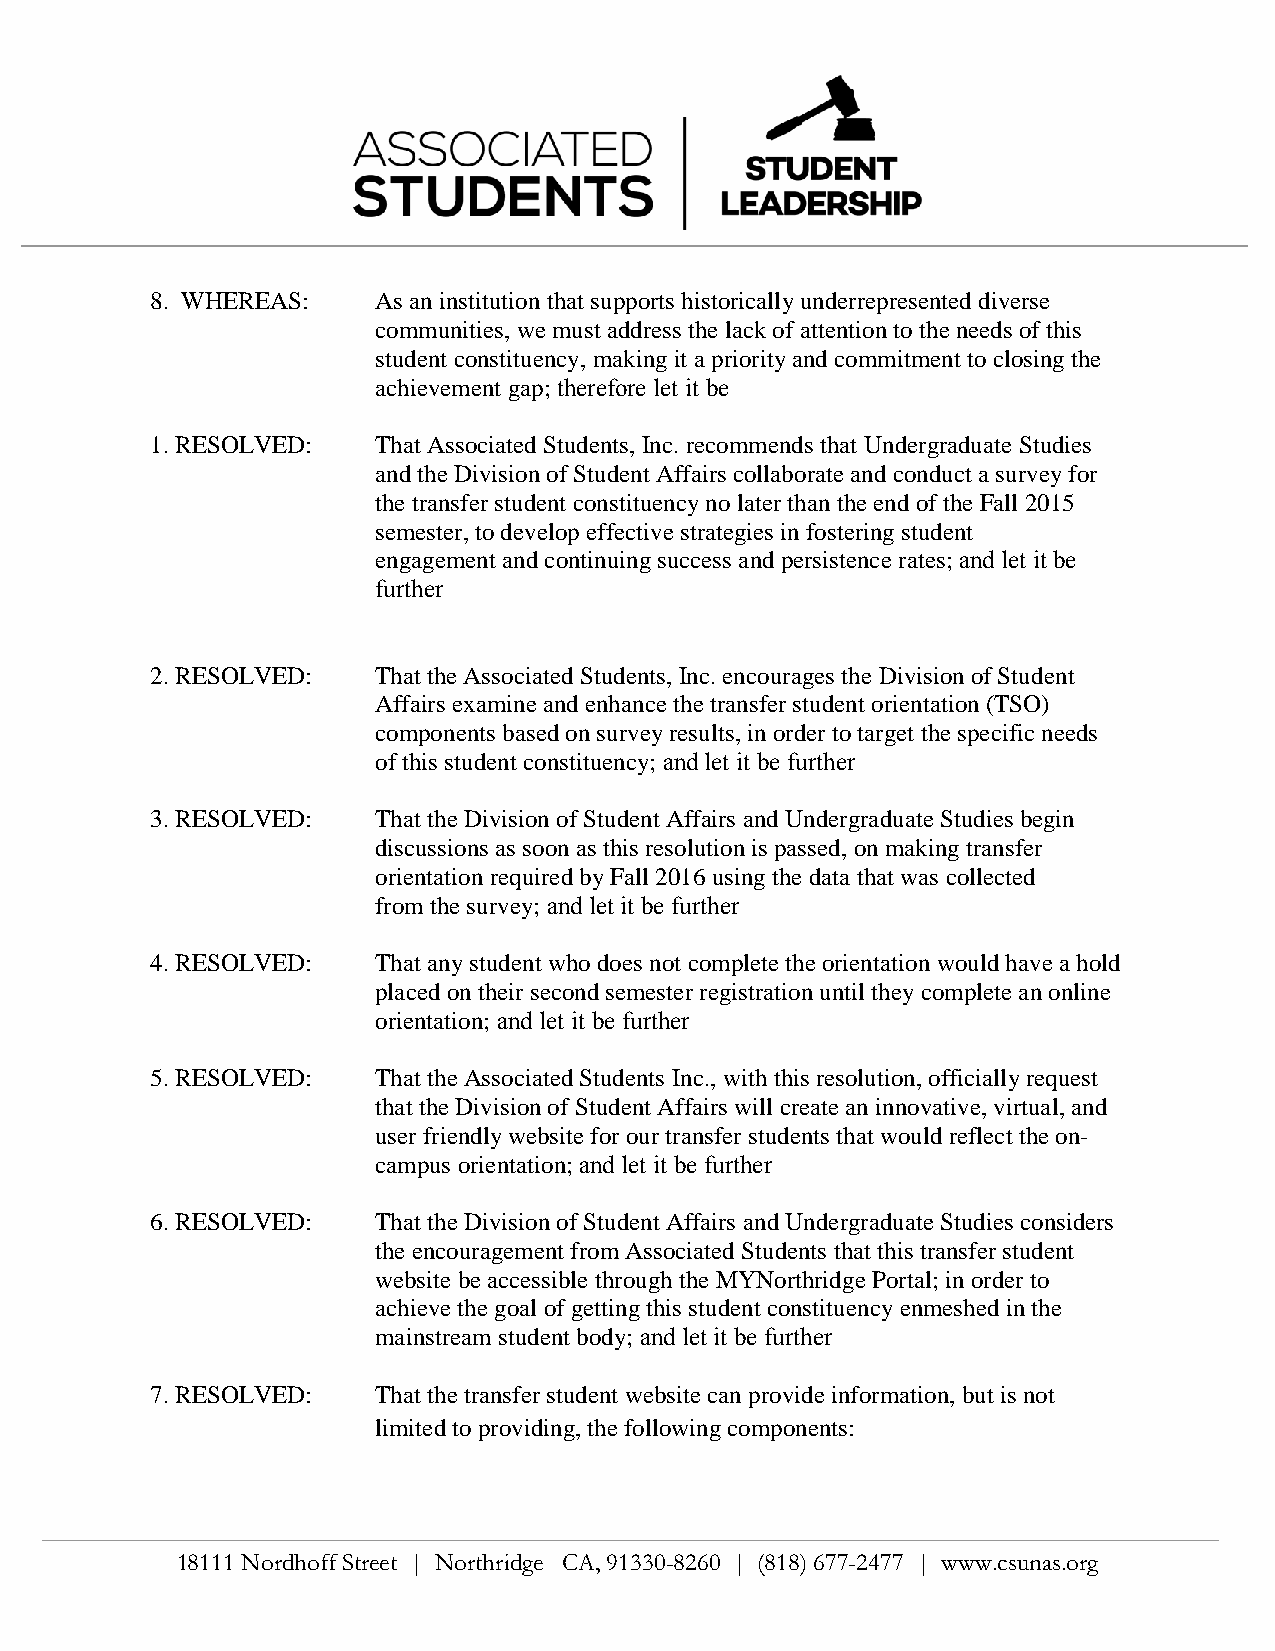
8. WHEREAS:    As an institution that supports historically underrepresented diverse
 communities, we must address the lack of attention to the needs of this
 student constituency, making it a priority and commitment to closing the
 achievement gap; therefore let it be
 1.RESOLVED:    That Associated Students, Inc. recommends that Undergraduate Studies
 and the Division of Student Affairs collaborate and conduct a survey for
 the transfer student constituency no later than the end of the Fall 2015
 semester, to develop effective strategies in fostering student
 engagement and continuing success and persistence rates; and let it be
 further
 2.RESOLVED:    That the Associated Students, Inc. encourages the Division of Student
 Affairs examine and enhance the transfer student orientation (TSO)
 components based on survey results, in order to target the specific needs
 of this student constituency; and let it be further
 3.RESOLVED:    That the Division of Student Affairs and Undergraduate Studies begin
 discussions as soon as this resolution is passed, on making transfer
 orientation required by Fall 2016 using the data that was collected
 from the survey; and let it be further
 4.RESOLVED:    That any student who does not complete the orientation would have a hold
 placed on their second semester registration until they complete an online
 orientation; and let it be further
 5.RESOLVED:    That the Associated Students Inc., with this resolution, officially request
 that the Division of Student Affairs will create an innovative, virtual, and
 user friendly website for our transfer students that would reflect the on-
 campus orientation; and let it be further
 6.RESOLVED:    That the Division of Student Affairs and Undergraduate Studies considers
 the encouragement from Associated Students that this transfer student
 website be accessible through the MYNorthridge Portal; in order to
 achieve the goal of getting this student constituency enmeshed in the
 mainstream student body; and let it be further
 7.RESOLVED:    That the transfer student website can provide information, but is not
 limited to providing, the following components:
 18111 Nordhoff Street | Northridge CA, 91330-8260 | (818) 677-2477 | www.csunas.org